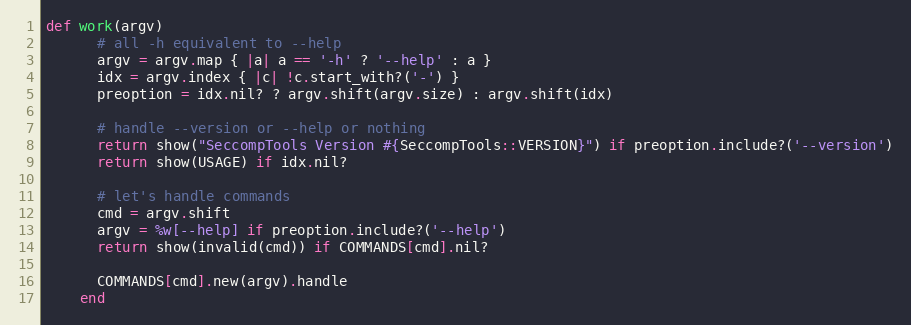
Language: Ruby
def work(argv)
      # all -h equivalent to --help
      argv = argv.map { |a| a == '-h' ? '--help' : a }
      idx = argv.index { |c| !c.start_with?('-') }
      preoption = idx.nil? ? argv.shift(argv.size) : argv.shift(idx)

      # handle --version or --help or nothing
      return show("SeccompTools Version #{SeccompTools::VERSION}") if preoption.include?('--version')
      return show(USAGE) if idx.nil?

      # let's handle commands
      cmd = argv.shift
      argv = %w[--help] if preoption.include?('--help')
      return show(invalid(cmd)) if COMMANDS[cmd].nil?

      COMMANDS[cmd].new(argv).handle
    end